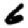
Digit: 6